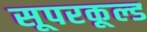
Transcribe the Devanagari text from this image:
सूपरकूल्ड